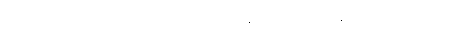
ပါ-၇၀၊ ဋ္ဌ-ဒု-အုပ်-၂၄၅၊ လျှော်တေသင်္ကန်းကိုခြုံ၍မီးလှုံရန်လာသောမျောက်။